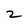
Character: 2